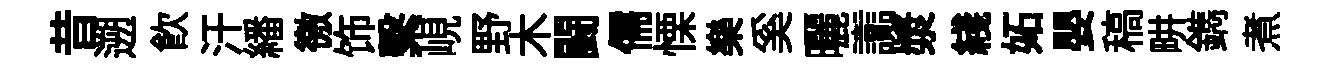
昔遡飮汗繙徼饰繫峴野木闘儒慄樂奚曬讟漿綫妬嬰稿畊鐫煮